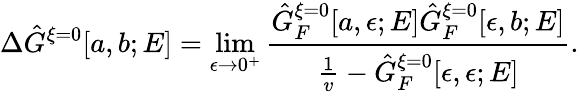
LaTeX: \Delta\hat{G}^{\xi=0}[a,b;E]=\operatorname*{lim}_{\epsilon\rightarrow 0^{+}}\frac{\hat{G}_{F}^{\xi=0}[a,\epsilon;E]\hat{G}_{F}^{\xi=0}[\epsilon,b;E]}{\frac{1}{v}-\hat{G}_{F}^{\xi=0}[\epsilon,\epsilon;E]}.